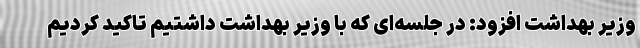
وزیر بهداشت افزود: در جلسه‌ای که با وزیر بهداشت داشتیم تاکید کردیم